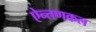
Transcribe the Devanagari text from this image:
ऐन्तणकल